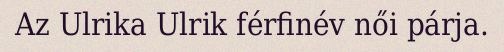
Az Ulrika Ulrik férfinév női párja.